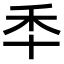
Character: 𮂯